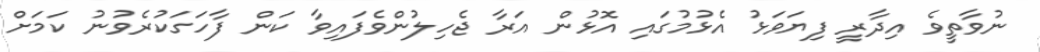
ނުވާތީވެ އިދާރީ ފިޔަވަޅު އެޅުމުގައި އޮޅުން އަރާ ޖެހިލުންވެފައިވާ ކަން ފާހަގަކުރެވުނު ކަމަށް